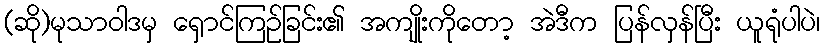
(ဆို)မုသာဝါဒမှ ရှောင်ကြဉ်ခြင်း၏ အကျိုးကိုတော့ အဲဒီက ပြန်လှန်ပြီး ယူရုံပါပဲ၊